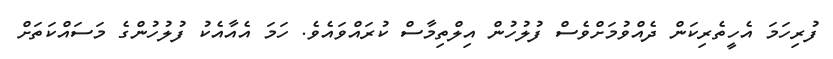
ފުރިހަމަ އެހީތެރިކަން ދެއްވުމަށްވެސް ފުލުހުން އިލްތިމާސް ކުރައްވައެވެ. ހަމަ އެއާއެކު ފުލުހުންގެ މަސައްކަތަށް